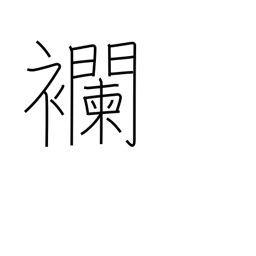
Meaning: a kind of cloth